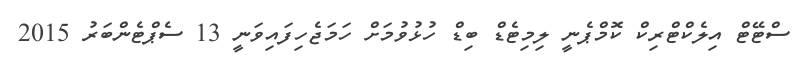
ސްޓޭޓް އިލެކްޓްރިކް ކޮމްޕެނީ ލިމިޓެޑް ބިޑް ހުޅުވުމަށް ހަމަޖެހިފައިވަނީ 13 ސެޕްޓެންބަރު 2015